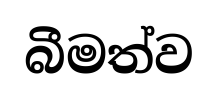
බීමත්ව